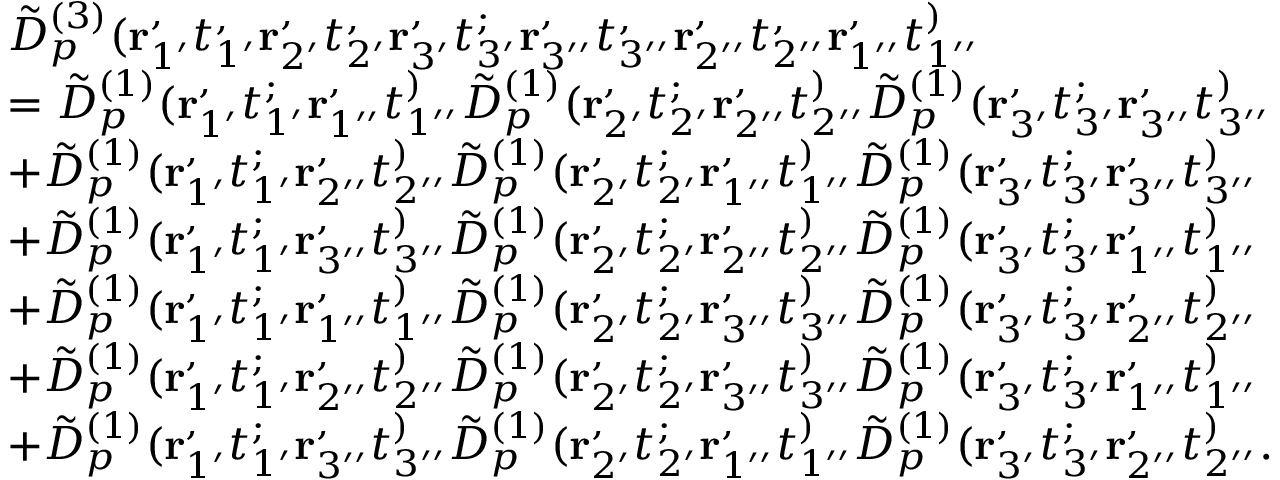
\begin{array} { r l } & { \tilde { D } _ { p } ^ { ( 3 ) } ( \mathbf { r } _ { 1 ^ { \prime } } ^ , t _ { 1 ^ { \prime } } ^ , \mathbf { r } _ { 2 ^ { \prime } } ^ , t _ { 2 ^ { \prime } } ^ , \mathbf { r } _ { 3 ^ { \prime } } ^ , t _ { 3 ^ { \prime } } ^ ; \mathbf { r } _ { 3 ^ { \prime \prime } } ^ , t _ { 3 ^ { \prime \prime } } ^ , \mathbf { r } _ { 2 ^ { \prime \prime } } ^ , t _ { 2 ^ { \prime \prime } } ^ , \mathbf { r } _ { 1 ^ { \prime \prime } } ^ , t _ { 1 ^ { \prime \prime } } ^ ) } \\ & { = \tilde { D } _ { p } ^ { ( 1 ) } ( \mathbf { r } _ { 1 ^ { \prime } } ^ , t _ { 1 ^ { \prime } } ^ ; \mathbf { r } _ { 1 ^ { \prime \prime } } ^ , t _ { 1 ^ { \prime \prime } } ^ ) \tilde { D } _ { p } ^ { ( 1 ) } ( \mathbf { r } _ { 2 ^ { \prime } } ^ , t _ { 2 ^ { \prime } } ^ ; \mathbf { r } _ { 2 ^ { \prime \prime } } ^ , t _ { 2 ^ { \prime \prime } } ^ ) \tilde { D } _ { p } ^ { ( 1 ) } ( \mathbf { r } _ { 3 ^ { \prime } } ^ , t _ { 3 ^ { \prime } } ^ ; \mathbf { r } _ { 3 ^ { \prime \prime } } ^ , t _ { 3 ^ { \prime \prime } } ^ ) } \\ & { + \tilde { D } _ { p } ^ { ( 1 ) } ( \mathbf { r } _ { 1 ^ { \prime } } ^ , t _ { 1 ^ { \prime } } ^ ; \mathbf { r } _ { 2 ^ { \prime \prime } } ^ , t _ { 2 ^ { \prime \prime } } ^ ) \tilde { D } _ { p } ^ { ( 1 ) } ( \mathbf { r } _ { 2 ^ { \prime } } ^ , t _ { 2 ^ { \prime } } ^ ; \mathbf { r } _ { 1 ^ { \prime \prime } } ^ , t _ { 1 ^ { \prime \prime } } ^ ) \tilde { D } _ { p } ^ { ( 1 ) } ( \mathbf { r } _ { 3 ^ { \prime } } ^ , t _ { 3 ^ { \prime } } ^ ; \mathbf { r } _ { 3 ^ { \prime \prime } } ^ , t _ { 3 ^ { \prime \prime } } ^ ) } \\ & { + \tilde { D } _ { p } ^ { ( 1 ) } ( \mathbf { r } _ { 1 ^ { \prime } } ^ , t _ { 1 ^ { \prime } } ^ ; \mathbf { r } _ { 3 ^ { \prime \prime } } ^ , t _ { 3 ^ { \prime \prime } } ^ ) \tilde { D } _ { p } ^ { ( 1 ) } ( \mathbf { r } _ { 2 ^ { \prime } } ^ , t _ { 2 ^ { \prime } } ^ ; \mathbf { r } _ { 2 ^ { \prime \prime } } ^ , t _ { 2 ^ { \prime \prime } } ^ ) \tilde { D } _ { p } ^ { ( 1 ) } ( \mathbf { r } _ { 3 ^ { \prime } } ^ , t _ { 3 ^ { \prime } } ^ ; \mathbf { r } _ { 1 ^ { \prime \prime } } ^ , t _ { 1 ^ { \prime \prime } } ^ ) } \\ & { + \tilde { D } _ { p } ^ { ( 1 ) } ( \mathbf { r } _ { 1 ^ { \prime } } ^ , t _ { 1 ^ { \prime } } ^ ; \mathbf { r } _ { 1 ^ { \prime \prime } } ^ , t _ { 1 ^ { \prime \prime } } ^ ) \tilde { D } _ { p } ^ { ( 1 ) } ( \mathbf { r } _ { 2 ^ { \prime } } ^ , t _ { 2 ^ { \prime } } ^ ; \mathbf { r } _ { 3 ^ { \prime \prime } } ^ , t _ { 3 ^ { \prime \prime } } ^ ) \tilde { D } _ { p } ^ { ( 1 ) } ( \mathbf { r } _ { 3 ^ { \prime } } ^ , t _ { 3 ^ { \prime } } ^ ; \mathbf { r } _ { 2 ^ { \prime \prime } } ^ , t _ { 2 ^ { \prime \prime } } ^ ) } \\ & { + \tilde { D } _ { p } ^ { ( 1 ) } ( \mathbf { r } _ { 1 ^ { \prime } } ^ , t _ { 1 ^ { \prime } } ^ ; \mathbf { r } _ { 2 ^ { \prime \prime } } ^ , t _ { 2 ^ { \prime \prime } } ^ ) \tilde { D } _ { p } ^ { ( 1 ) } ( \mathbf { r } _ { 2 ^ { \prime } } ^ , t _ { 2 ^ { \prime } } ^ ; \mathbf { r } _ { 3 ^ { \prime \prime } } ^ , t _ { 3 ^ { \prime \prime } } ^ ) \tilde { D } _ { p } ^ { ( 1 ) } ( \mathbf { r } _ { 3 ^ { \prime } } ^ , t _ { 3 ^ { \prime } } ^ ; \mathbf { r } _ { 1 ^ { \prime \prime } } ^ , t _ { 1 ^ { \prime \prime } } ^ ) } \\ & { + \tilde { D } _ { p } ^ { ( 1 ) } ( \mathbf { r } _ { 1 ^ { \prime } } ^ , t _ { 1 ^ { \prime } } ^ ; \mathbf { r } _ { 3 ^ { \prime \prime } } ^ , t _ { 3 ^ { \prime \prime } } ^ ) \tilde { D } _ { p } ^ { ( 1 ) } ( \mathbf { r } _ { 2 ^ { \prime } } ^ , t _ { 2 ^ { \prime } } ^ ; \mathbf { r } _ { 1 ^ { \prime \prime } } ^ , t _ { 1 ^ { \prime \prime } } ^ ) \tilde { D } _ { p } ^ { ( 1 ) } ( \mathbf { r } _ { 3 ^ { \prime } } ^ , t _ { 3 ^ { \prime } } ^ ; \mathbf { r } _ { 2 ^ { \prime \prime } } ^ , t _ { 2 ^ { \prime \prime } } ^ ) . } \end{array}